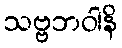
သဗ္ဗဘဝါနိ